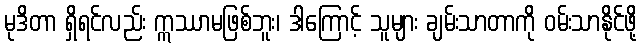
မုဒိတာ ရှိရင်လည်း ဣဿာမဖြစ်ဘူး၊ ဒါကြောင့် သူများ ချမ်းသာတာကို ဝမ်းသာနိုင်ဖို့